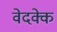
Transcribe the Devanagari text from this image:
वेदक्के